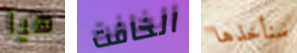
هيا الخافت سنأخذها